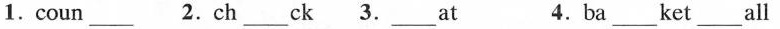
1.coun___ 2.ch___ck 3.___at